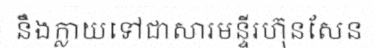
នឹងក្លាយទៅជាសារមន្ទីរហ៊ុនសែន